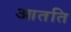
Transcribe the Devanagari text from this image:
आतति